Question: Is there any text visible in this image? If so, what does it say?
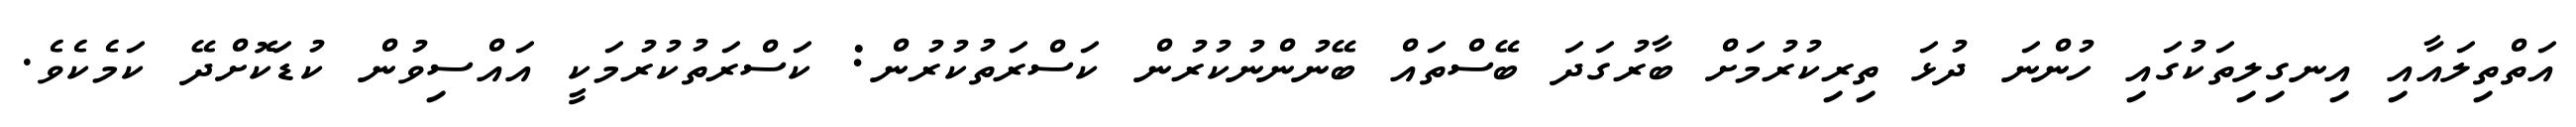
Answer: އަތްތިލައާއި އިނގިލިތަކުގައި ހުންނަ ދުޅަ ތިރިކުރުމަށް ބާރުގަދަ ބޭސްތައް ބޭނުންނުކުރުން ކަސްރަތުކުރުން: ކަސްރަތުކުރުމަކީ އައްސިވުން ކުޑަކޮށްދޭ ކަމެކެވެ.